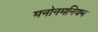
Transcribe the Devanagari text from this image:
मनोनमनियम